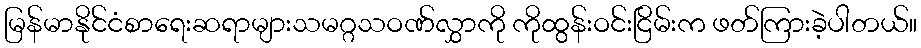
မြန်မာနိုင်ငံစာရေးဆရာများသမဂ္ဂသဝဏ်လွှာကို ကိုထွန်းဝင်းငြိမ်းက ဖတ်ကြားခဲ့ပါတယ်။